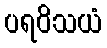
ပရဝိသယံ